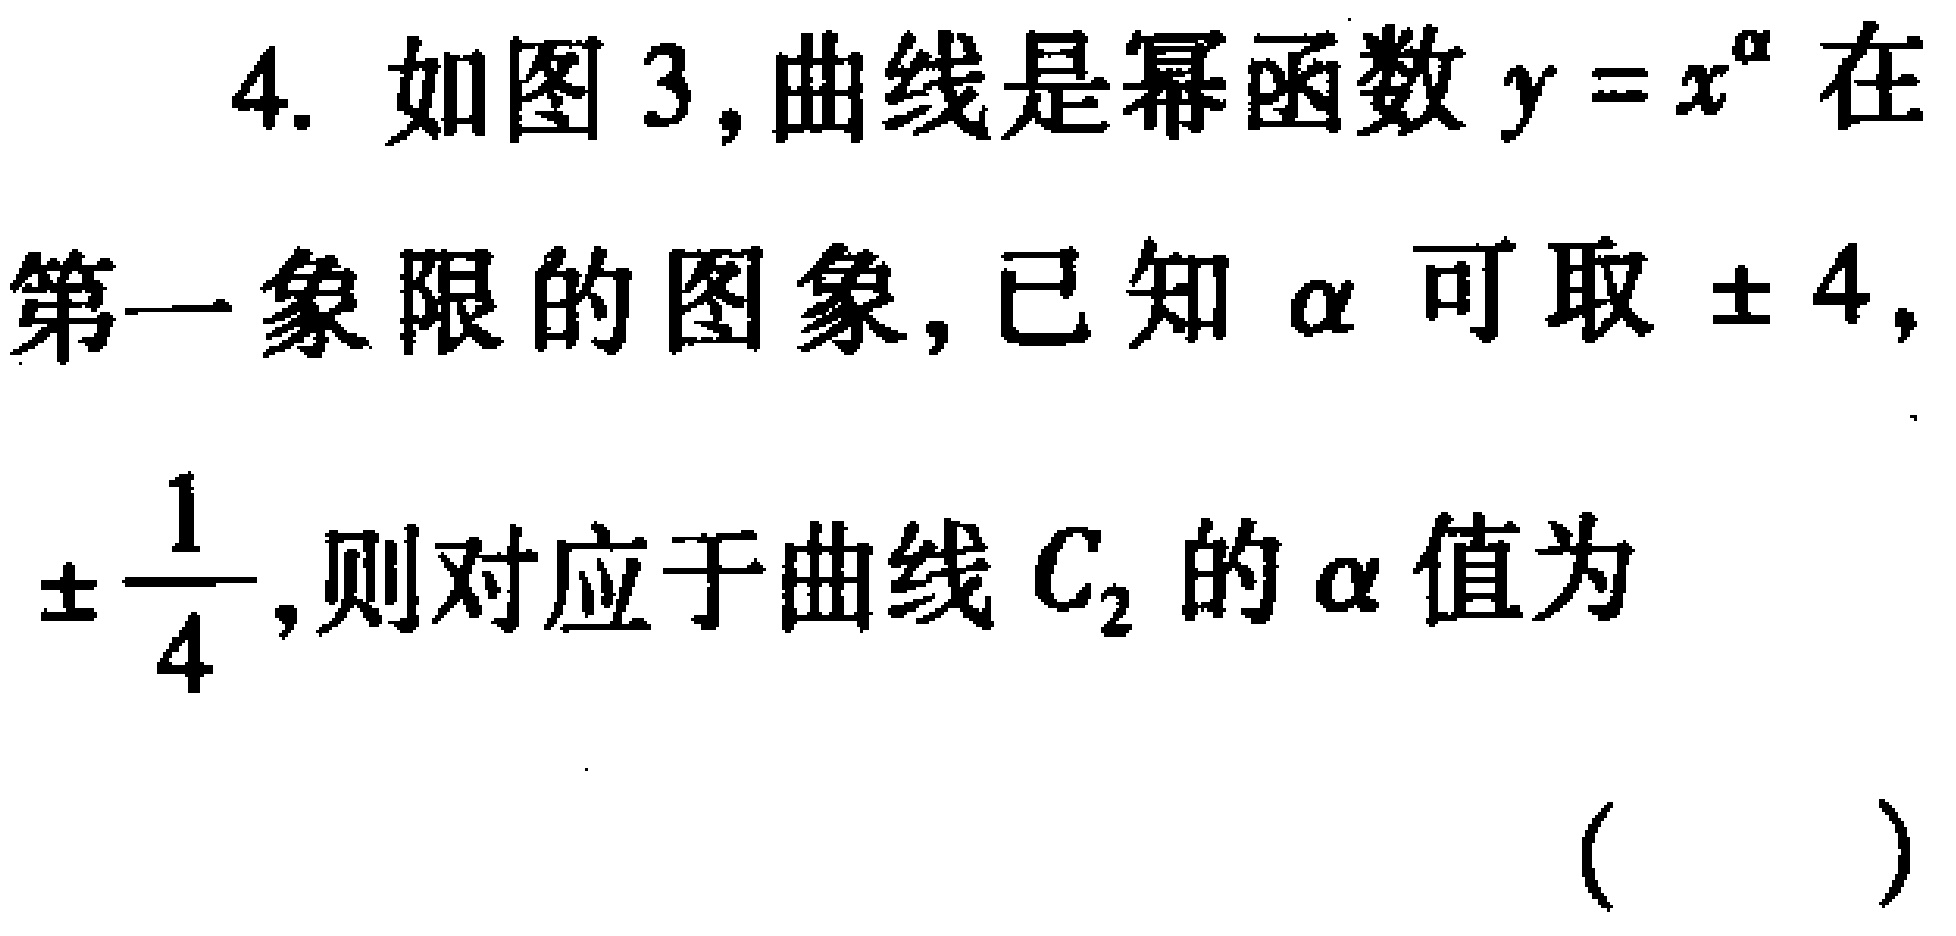
4. 如图3,曲线是幂函数\(y = x^{\alpha}\)在第一象限的图象,已知\(\alpha\)可取\(\pm4,\pm\frac{1}{4}\),则对应于曲线\(C_{2}\)的\(\alpha\)值为（  ）